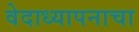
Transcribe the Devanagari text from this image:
वेदाध्यापनाचा